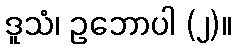
ဒူသံ၊ ဥဘောပါ (၂)။